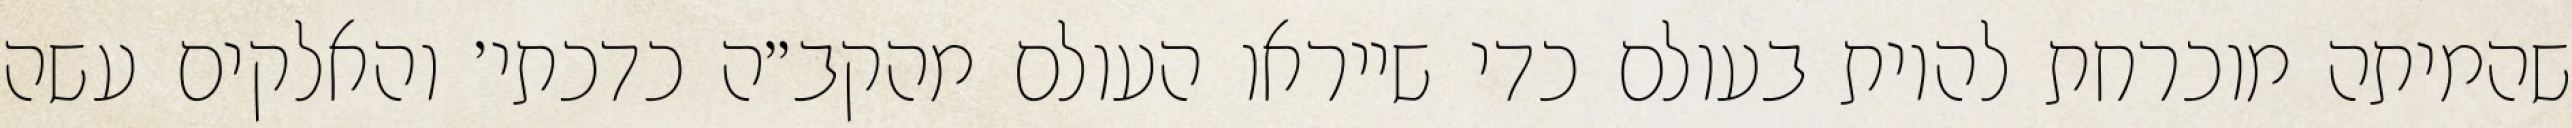
שהמיתה מוכרחת להיות בעולם כדי שייראו העולם מהקב״ה כדכתי׳ והאלקים עשה